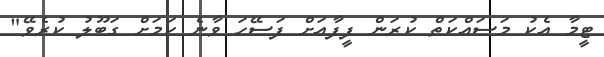
ޓީމާ އެކު މަސައްކަތް ކުރަން ފީފާއަށް ފަސޭހަ ވާނެ ކަމަށް ގަބޫލު ކުރެވޭ"